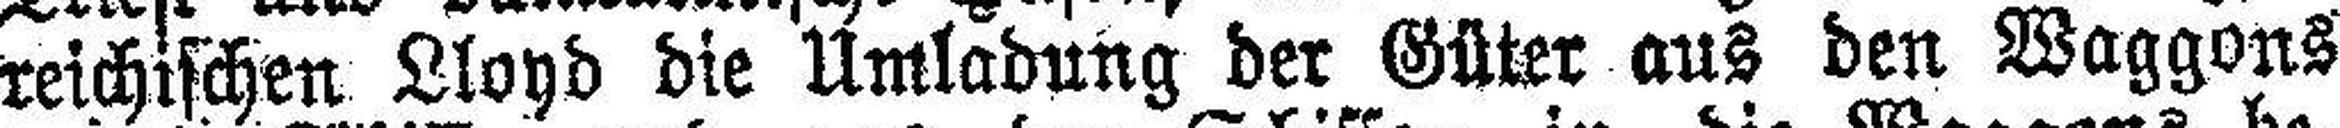
reichischen Lloyd die Umladung der Güter aus den Waggons